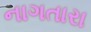
નાગતારા